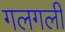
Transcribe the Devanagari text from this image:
गलगली